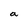
Character: a